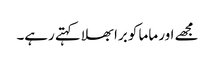
مجھے اور ماما کو برا بھلا کہتے رہے۔